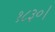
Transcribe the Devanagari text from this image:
१८३०।